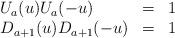
LaTeX: \begin{align*}\begin{array}{lll}U_a(u)U_a(-u)&=&1\\D_{a+1}(u) D_{a+1}(-u)&=&1\end{array}\;\end{align*}